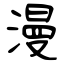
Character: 漫